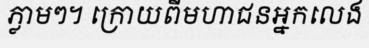
ភ្លាមៗ។ ក្រោយពីមហាជនអ្នកលេង